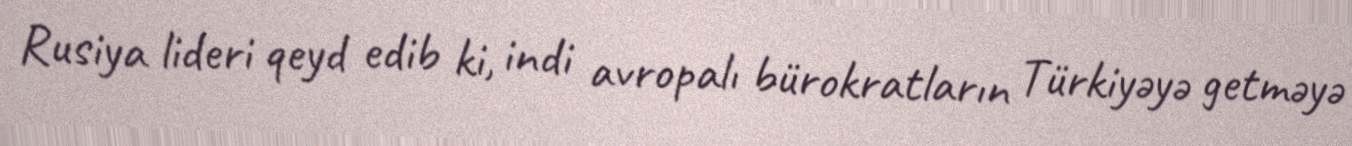
Rusiya lideri qeyd edib ki, indi avropalı bürokratların Türkiyəyə getməyə